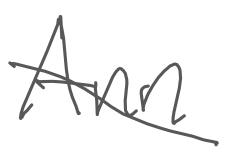
Text: Ann
Cross-out: diagonal
Writing tool: digital_gray